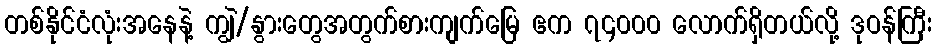
တစ်နိုင်ငံလုံးအနေနဲ့ ကျွဲ/နွားတွေအတွက်စားကျက်မြေ ဧက ၇၄၀၀၀ လောက်ရှိတယ်လို့ ဒုဝန်ကြီး